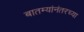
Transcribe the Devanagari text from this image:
बातम्यांनंतरच्या